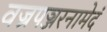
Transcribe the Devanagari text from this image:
वज्रपञ्जरनामेदं